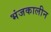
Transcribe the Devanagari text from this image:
भंजकालीन